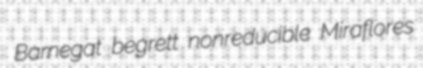
Barnegat begrett nonreducible Miraflores